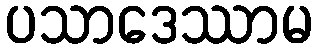
ပသာဒေဿာမ